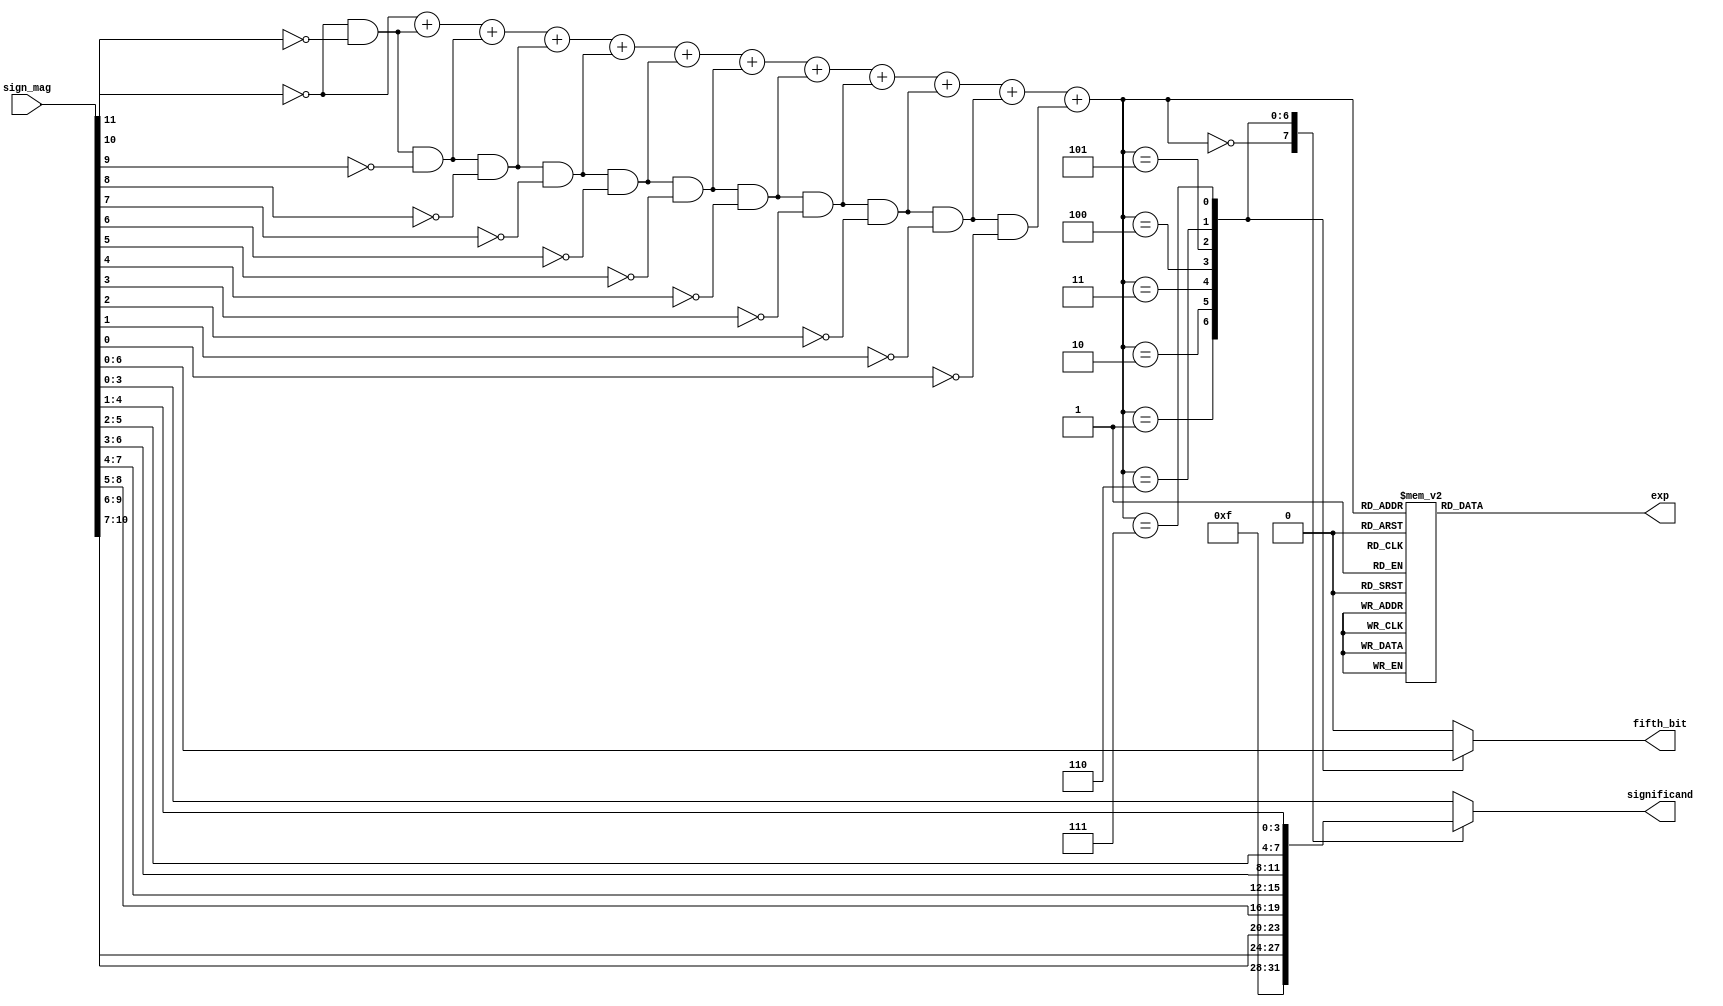
`timescale 1ns / 1ps

//Remember to convert names since sign magnitude is the input to this module, not twos_comp.

module count_zeros_extract_bits(
	sign_mag, exp, significand, fifth_bit 
    );
	
	input [11:0] sign_mag;
	output reg [2:0] exp;
	output reg [3:0] significand;
	output reg fifth_bit;
	
	wire is_leading_zero11, is_leading_zero10, is_leading_zero9, is_leading_zero8, is_leading_zero7, is_leading_zero6, is_leading_zero5, is_leading_zero4, is_leading_zero3, is_leading_zero2, is_leading_zero1, is_leading_zero0;

	wire [3:0] num_leading_zeros;

	assign is_leading_zero11 = ~sign_mag[11];
	assign is_leading_zero10 = is_leading_zero11 & ~sign_mag[10];
	assign is_leading_zero9 = is_leading_zero10 & ~sign_mag[9];
	assign is_leading_zero8 = is_leading_zero9 & ~sign_mag[8];
	assign is_leading_zero7 = is_leading_zero8 & ~sign_mag[7];
	assign is_leading_zero6 = is_leading_zero7 & ~sign_mag[6];
	assign is_leading_zero5 = is_leading_zero6 & ~sign_mag[5];
	assign is_leading_zero4 = is_leading_zero5 & ~sign_mag[4];
	assign is_leading_zero3 = is_leading_zero4 & ~sign_mag[3];
	assign is_leading_zero2 = is_leading_zero3 & ~sign_mag[2];
	assign is_leading_zero1 = is_leading_zero2 & ~sign_mag[1];
	assign is_leading_zero0 = is_leading_zero1 & ~sign_mag[0];

	assign num_leading_zeros = is_leading_zero11 + is_leading_zero10 + is_leading_zero9 + is_leading_zero8 + is_leading_zero7 + is_leading_zero6 + is_leading_zero5 + is_leading_zero4 + is_leading_zero3 + is_leading_zero2 + is_leading_zero1 + is_leading_zero0;

	always @(*)
	begin
      case (num_leading_zeros)
          	0: exp[2:0] = 7;
			1: exp[2:0] = 7;
			2: exp[2:0] = 6;
			3: exp[2:0] = 5;
			4: exp[2:0] = 4;
			5: exp[2:0] = 3;
			6: exp[2:0] = 2;
			7: exp[2:0] = 1;
			8: exp[2:0] = 0;
			9: exp[2:0] = 0;
			10: exp[2:0] = 0;
			11: exp[2:0] = 0;
			12: exp[2:0] = 0;
			default: exp[2:0] = 0;
		endcase
	end
	
	always @(*)
	begin
      case (num_leading_zeros)
			0: significand[3:0] = 4'b1111;
			1: significand[3:0] = sign_mag[10:7];
			2: significand[3:0] = sign_mag[9:6];
			3: significand[3:0] = sign_mag[8:5];
			4: significand[3:0] = sign_mag[7:4];
			5: significand[3:0] = sign_mag[6:3];
			6: significand[3:0] = sign_mag[5:2];
			7: significand[3:0] = sign_mag[4:1];
			8: significand[3:0] = sign_mag[3:0];
			9: significand[3:0] = sign_mag[3:0];
			10: significand[3:0] = sign_mag[3:0];
			11: significand[3:0] = sign_mag[3:0];
			12: significand[3:0] = sign_mag[3:0];
			default: significand[3:0] = sign_mag[3:0];
		endcase
	end

	always @(*)
	begin
      case (num_leading_zeros)
			0: fifth_bit = 0;
			1: fifth_bit = sign_mag[6];
			2: fifth_bit = sign_mag[5];
			3: fifth_bit = sign_mag[4];
			4: fifth_bit = sign_mag[3];
			5: fifth_bit = sign_mag[2];
			6: fifth_bit = sign_mag[1];
			7: fifth_bit = sign_mag[0];
			8: fifth_bit = 1'b0;
			9: fifth_bit = 1'b0;
			10: fifth_bit = 1'b0;
			11: fifth_bit = 1'b0;
			12: fifth_bit = 1'b0;
			default: fifth_bit = 1'b0;
		endcase
	end

endmodule